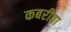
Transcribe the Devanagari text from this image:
कबरीचा